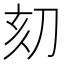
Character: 𠛳